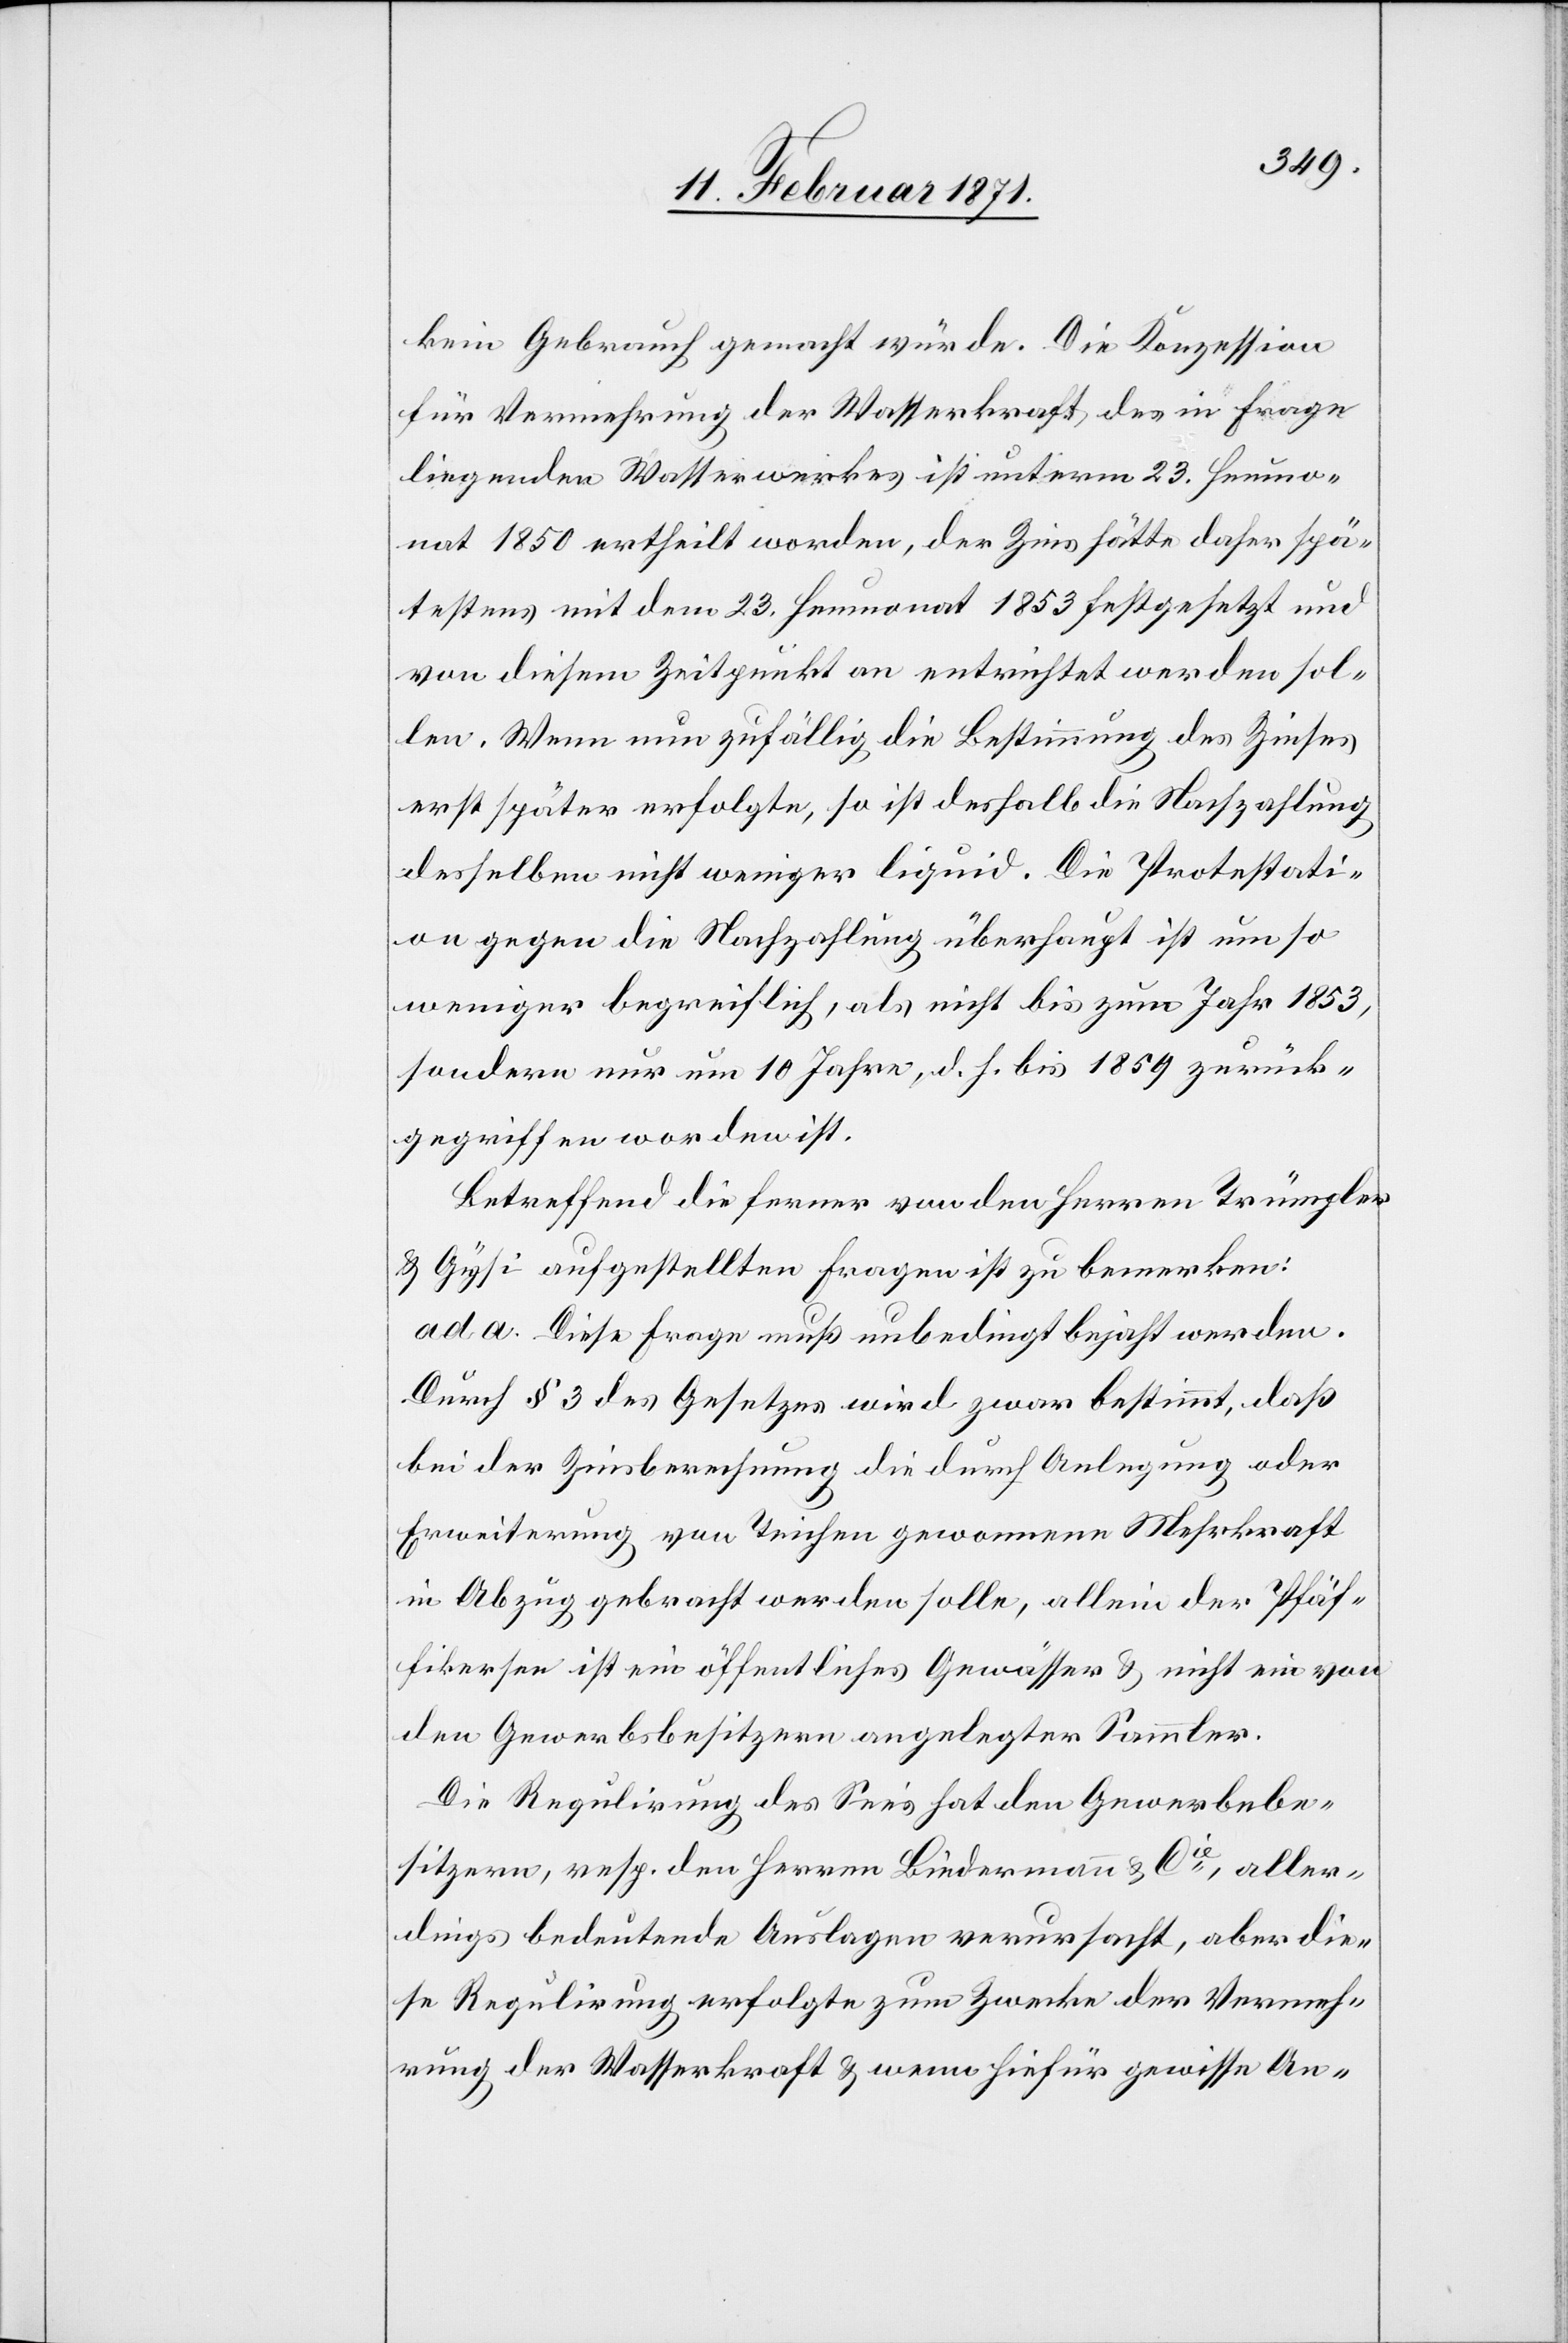
kein Gebrauch gemacht würde. Die Konzession
für Vermehrung der Wasserkraft, des in Frage
liegenden Wasserwerkes ist unterm 23. Heumo¬
nat 1850 ertheilt worden, der Zins hätte daher spä¬
testens mit dem 23. Heumonat 1853 festgesetzt und
von diesem Zeitpunkt an entrichtet werden sol¬
len. Wenn nun zufällig die Bestimmung des Zinses
erst später erfolgte, so ist deshalb die Nachzahlung
desselben nicht weniger liquid. Die Protestati¬
on gegen die Nachzahlung überhaupt ist um so
weniger begreiflich, als nicht bis zum Jahr 1853,
sondern nur um 10 Jahre, d. h. bis 1859 zurück¬
gegriffen worden ist.
Betreffend die ferner von den Herren Trümpler
u. Gysi aufgestellten Fragen ist zu bemerken:
ad a. Diese Frage muß unbedingt bejaht werden.
Durch § 3 des Gesetzes wird zwar bestimmt, daß
bei der Zinsberechnung die durch Anlegung oder
Erweiterung von Teichen gewonnene Mehrkraft
in Abzug gebracht werden solle, allein der Pfäf¬
fikersee ist ein öffentliches Gewässer u. nicht ein von
den Gewerbsbesitzern angelegter Sammler.
Die Regulirung des See’s hat den Gewerbebe¬
sitzern, resp. den Herren Lindermann & Cie., aller¬
dings bedeutende Auslagen verursacht, aber die¬
se Regulirung erfolgte zum Zwecke der Vermeh¬
rung der Wasserkraft u. wenn hiefür gewisse An-